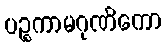
ပဉ္စကာမဂုဏိကော